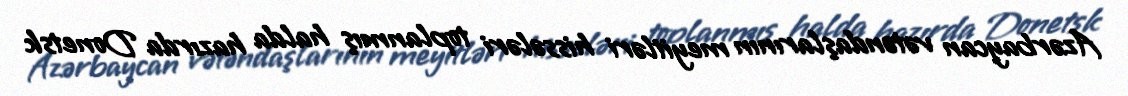
Azərbaycan vətəndaşlarının meyitləri hissələri toplanmış halda hazırda Donetsk